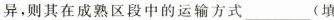
异，则其在成熟区段中的运输方式___(填